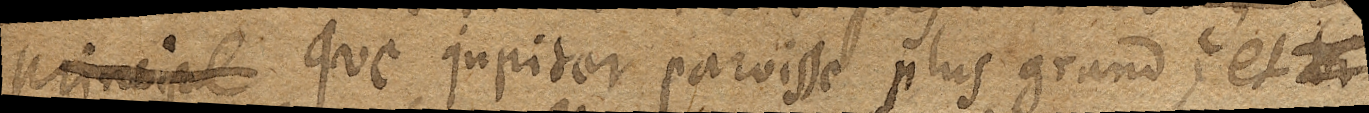
principe que Jupiter paroisse plus grand; et xx